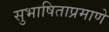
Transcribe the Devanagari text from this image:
सुभाषिताप्रमाणे